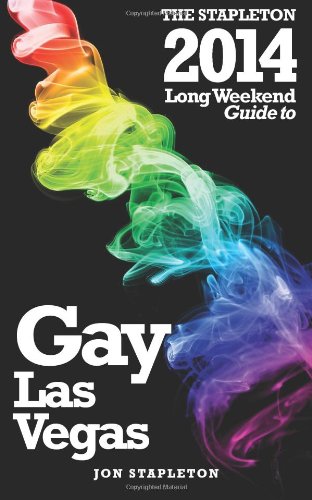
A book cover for The Stapleton 2014 Long Weekend Guide to Gay Las Vegas; Jon Stapleton; Gay & Lesbian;